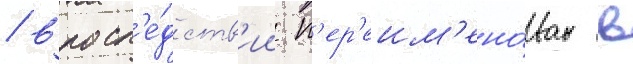
/ впосл'е́дств'ии п'ер'еим'ено́ван в